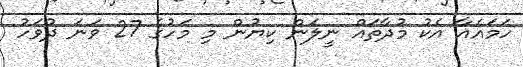
ހަމައެއާ އެކު މުދާތައް ނީލަން ކިޔުން މި މަހުގެ 27 ވަނަ ދުވަހު